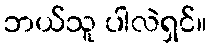
ဘယ်သူ ပါလဲရှင်။